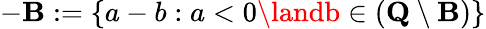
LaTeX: -\mathbf{B}:=\{ a-b:a<0\landb\in({\textbf{{Q}}}\setminus\mathbf{B})\}